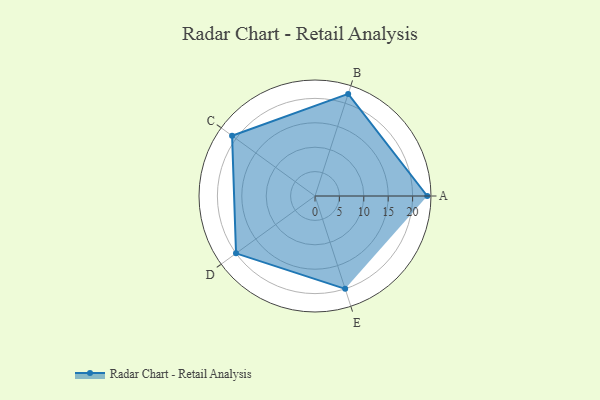
{"axis": {"x": "Skill", "y": "Score"}, "legend": ["Profile"], "data": [{"x": "A", "y": 23.0, "type": "Profile"}, {"x": "B", "y": 22.0, "type": "Profile"}, {"x": "C", "y": 21.0, "type": "Profile"}, {"x": "D", "y": 20, "type": "Profile"}, {"x": "E", "y": 20, "type": "Profile"}]}